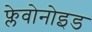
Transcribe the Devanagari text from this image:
फ्लेवोनोइड